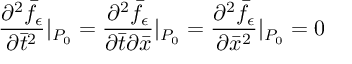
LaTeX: \frac { \partial ^ { 2 } \bar { f } _ { \epsilon } } { \partial \bar { t } ^ { 2 } } | _ { P _ { 0 } } = \frac { \partial ^ { 2 } \bar { f } _ { \epsilon } } { \partial \bar { t } \partial \bar { x } } | _ { P _ { 0 } } = \frac { \partial ^ { 2 } \bar { f } _ { \epsilon } } { \partial \bar { x } ^ { 2 } } | _ { P _ { 0 } } = 0